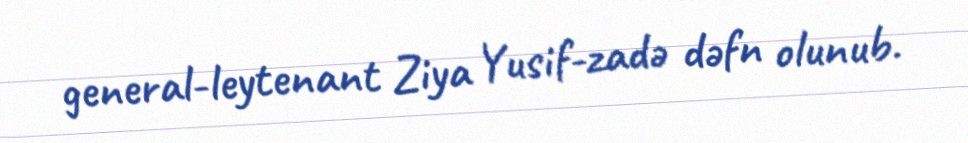
general-leytenant Ziya Yusif-zadə dəfn olunub.